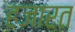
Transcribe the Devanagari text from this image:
हजारत